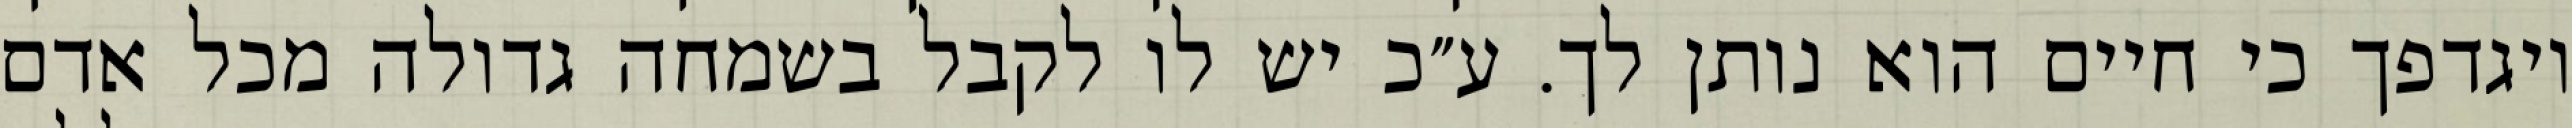
ויגדפך כי חיים הוא נותן לך. ע״כ יש לו לקבל בשמחה גדולה מכל אדם